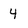
Character: 4